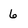
Character: 6